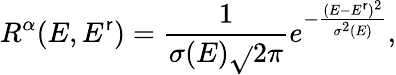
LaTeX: R^{\alpha}(E,E^{\mathsf{r}})=\frac{{1}}{{\sigma(E)\sqrt{}{{2\pi}}}}e^{-\frac{{(E-E^{\mathsf{r}})^{2}}}{{\sigma^{2}(E)}}},